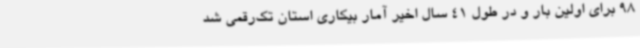
98 برای اولین بار و در طول 41 سال اخیر آمار بیکاری استان تک‌رقمی شد